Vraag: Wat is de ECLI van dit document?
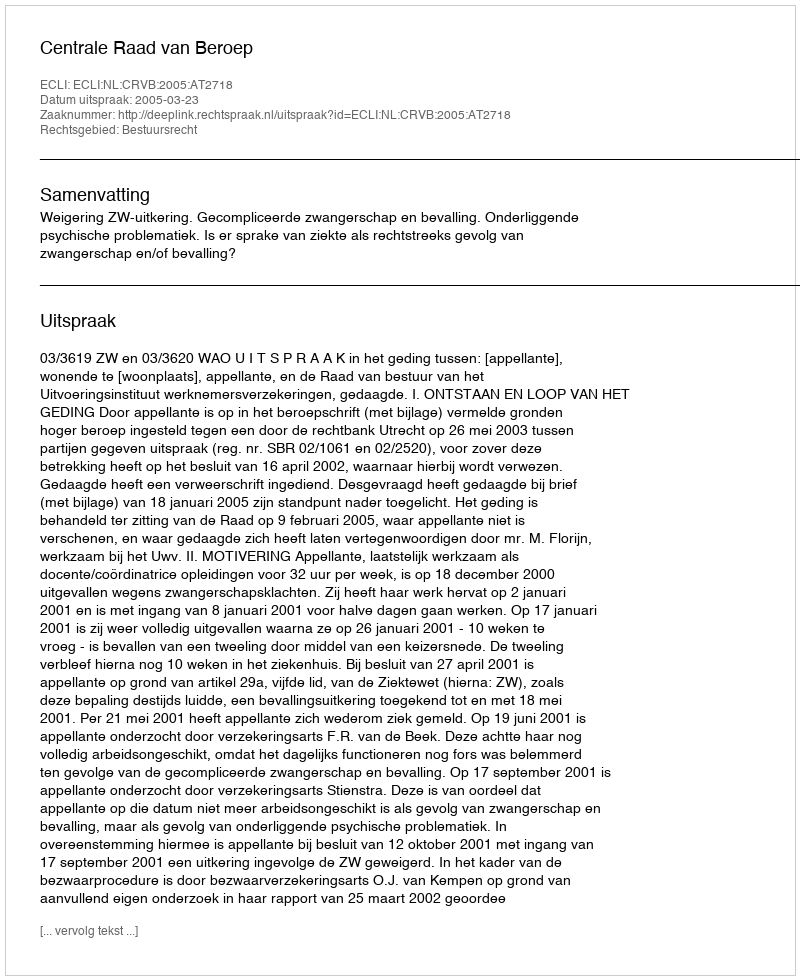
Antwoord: ECLI:NL:CRVB:2005:AT2718